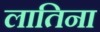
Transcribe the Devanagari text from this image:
लातिना